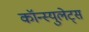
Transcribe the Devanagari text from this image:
कॉन्स्युलेट्स